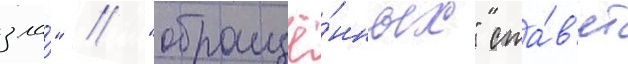
зла́" // "обращё́нных" ста́в'ят